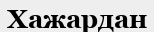
Хажардан